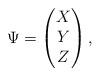
LaTeX: \begin{align*}\Psi= \begin{pmatrix} X \\ Y \\ Z \end{pmatrix} ,\end{align*}